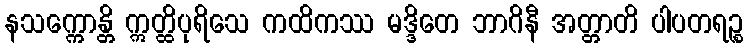
နသက္ကောန္တိ ဣတ္ထိပုရိသေ ကထိကဿ မဒ္ဒိတေ ဘာဂိနီ အတ္တာတိ ပါပတရဉ္စ